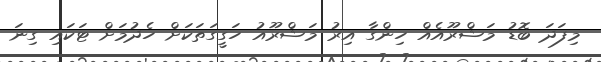
މިފަދަ ބޮޑު މަޝްރޫއެއް ހިންގާ އިރު މަޝްރޫއު ހަގީގަތަކަށް ހެދުމަށް ޓަކައި ގިނަ